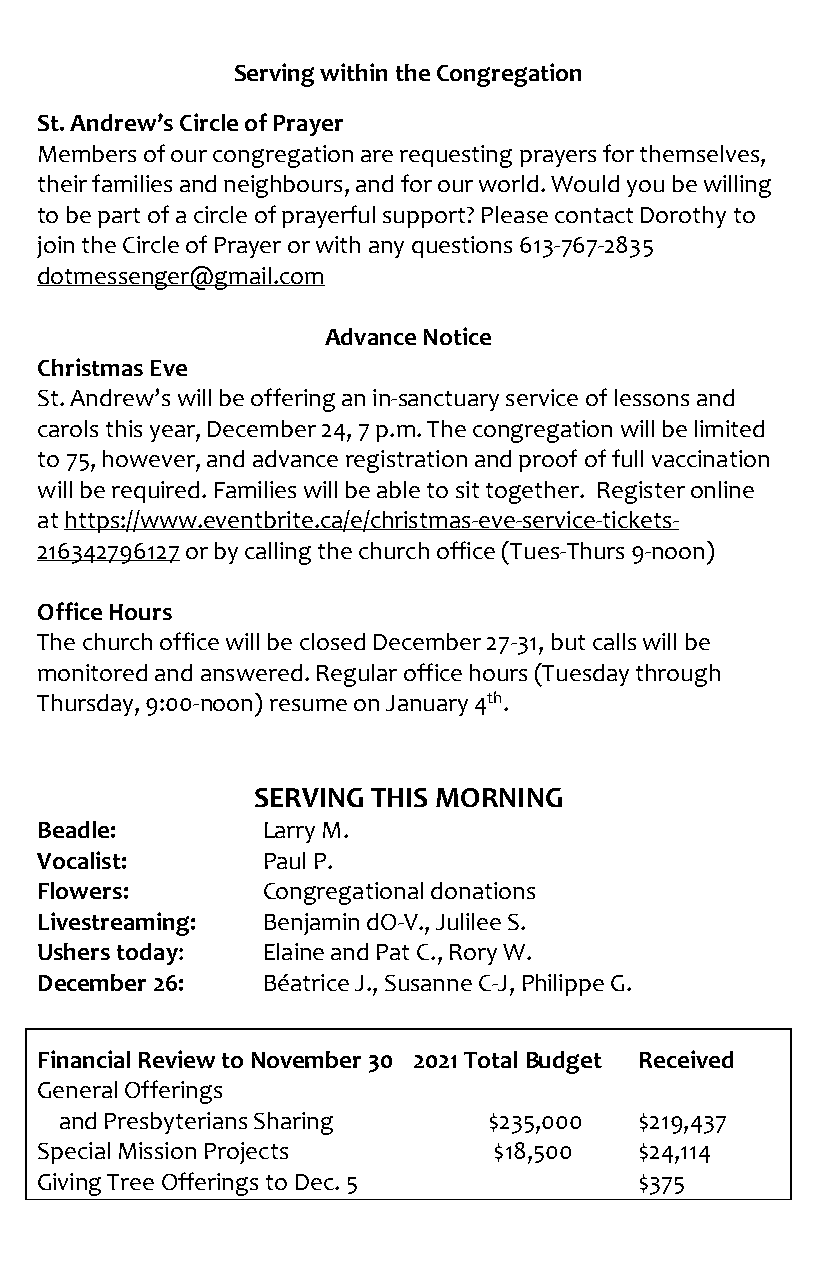
Serving within the Congregation
 St. Andrew’s Circle of Prayer
 Members of our congregation are requesting prayers for themselves,
 their families and neighbours, and for our world. Would you be willing
 to be part of a circle of prayerful support? Please contact Dorothy to
 join the Circle of Prayer or with any questions 613-767-2835
 dotmessenger@gmail.com
 Advance Notice
 Christmas Eve
 St. Andrew’s will be offering an in-sanctuary service of lessons and
 carols this year, December 24, 7 p.m. The congregation will be limited
 to 75, however, and advance registration and proof of full vaccination
 will be required. Families will be able to sit together. Register online
 at https://www.eventbrite.ca/e/christmas-eve-service-tickets-
 216342796127 or by calling the church office (Tues-Thurs 9-noon)
 Office Hours
 The church office will be closed December 27-31, but calls will be
 monitored and answered. Regular office hours (Tuesday through
 Thursday, 9:00-noon) resume on January 4th.
 SERVING THIS MORNING
 Beadle:        Larry M.
 Vocalist:      Paul P.
 Flowers:       Congregational donations
 Livestreaming: Benjamin dO-V., Julilee S.
 Ushers today:  Elaine and Pat C., Rory W.
 December 26:   Béatrice J., Susanne C-J, Philippe G.
 Financial Review to November 30 2021 Total Budget Received
 General Offerings
 and Presbyterians Sharing   $235,000  $219,437
 Special Mission Projects       $18,500  $24,114
 Giving Tree Offerings to Dec. 5         $375